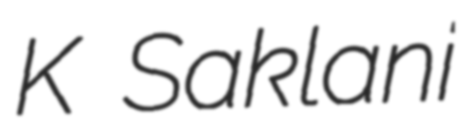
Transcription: K Saklani